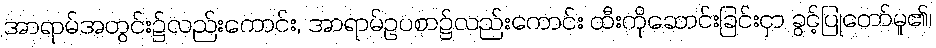
အာရာမ်အတွင်း၌လည်းကောင်း, အာရာမ်ဥပစာ၌လည်းကောင်း ထီးကိုဆောင်းခြင်းငှာ ခွင့်ပြုတော်မူ၏၊